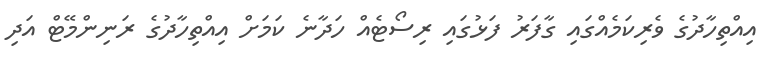
އިއްތިހާދުގެ ވެރިކަމެއްގައި ގާފަރު ފަޅުގައި ރިސޯޓެއް ހަދާނެ ކަމަށް އިއްތިހާދުގެ ރަނިންމޭޓް އަދި